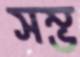
সম্ভ